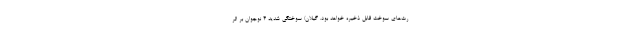
رت‌های سوخت قابل ذخیره خواهد بود. گیلان/ سوختگی شدید 4 نوجوان بر اثر